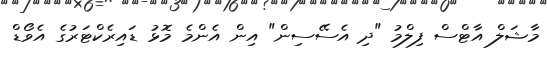
މާޝަލް އާޓްސް ފިލްމު "ދި އެސޭސިން" އިން އެންމެ މޮޅު ޑައިރެކްޓަރުގެ އެވޯޑް